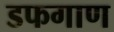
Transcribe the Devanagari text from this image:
डफगाण